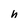
Character: h